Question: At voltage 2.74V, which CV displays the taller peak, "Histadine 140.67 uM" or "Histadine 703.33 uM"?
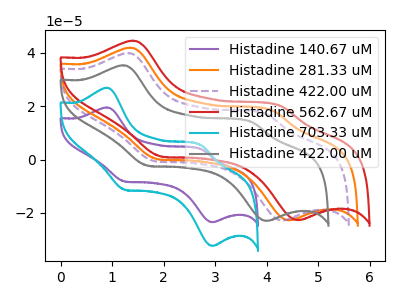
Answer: <think>The purple curve "Histadine 140.67 uM" has anodic peaks at (0.90V, 19.45uA) (2.75V, 3.80uA) and cathodic peaks at (1.25V, -8.15uA) (2.95V, -23.45uA). The orange curve "Histadine 281.33 uM" has anodic peaks at (1.35V, 41.80uA) (4.10V, 18.25uA) and cathodic peaks at (1.90V, 0.20uA) (4.45V, -22.75uA). The purple dashed curve "Histadine 422.00 uM" has anodic peaks at (1.30V, 39.80uA) (4.00V, 16.95uA) and cathodic peaks at (1.80V, -0.55uA) (4.30V, -22.85uA). The red curve "Histadine 562.67 uM" has anodic peaks at (1.40V, 44.45uA) (4.30V, 19.95uA) and cathodic peaks at (1.95V, 1.20uA) (4.60V, -22.70uA). The cyan curve "Histadine 703.33 uM" has anodic peaks at (0.90V, 26.85uA) (2.75V, 5.25uA) and cathodic peaks at (1.25V, -11.25uA) (2.95V, -32.30uA). The gray curve "Histadine 422.00 uM" has anodic peaks at (1.20V, 35.25uA) (3.70V, 14.00uA) and cathodic peaks at (1.70V, -2.25uA) (4.00V, -22.95uA).</think>
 <answer>The peak at 2.74V is lower in "Histadine 140.67 uM" than in "Histadine 703.33 uM".</answer>
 <eval>lower</eval>